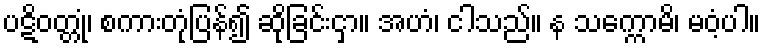
ပဋိဝတ္တုံ၊ စကားတုံပြန်၍ ဆိုခြင်းငှာ။ အဟံ၊ ငါသည်။ န သက္ကောမိ၊ မဝံ့ပါ။